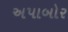
અપાબોર